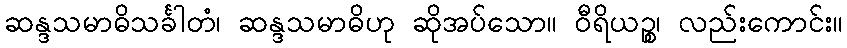
ဆန္ဒသမာဓိသင်္ခါတံ၊ ဆန္ဒသမာဓိဟု ဆိုအပ်သော။ ဝီရိယဉ္စ၊ လည်းကောင်း။